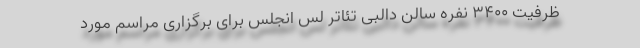
ظرفیت ۳۴۰۰ نفره سالن دالبی تئاتر لس انجلس برای برگزاری مراسم مورد